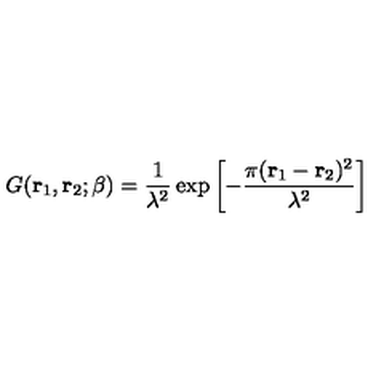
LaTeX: G ( { \bf r } _ { 1 } , { \bf r } _ { 2 } ; \beta ) = \frac { 1 } { \lambda ^ { 2 } } \exp \left[ - \frac { \pi ( { \bf r } _ { 1 } - { \bf r } _ { 2 } ) ^ { 2 } } { \lambda ^ { 2 } } \right]